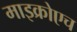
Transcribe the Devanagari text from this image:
माइक्रोएच